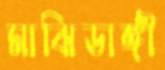
মাঝিডাঙ্গী